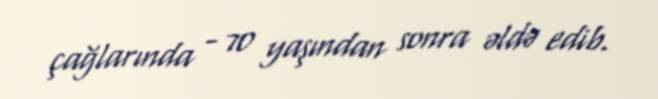
çağlarında - 70 yaşından sonra əldə edib.